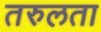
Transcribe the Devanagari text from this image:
तरुलता